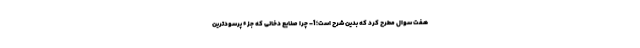
هفت سوال مطرح کرد که بدین شرح است؛ 1- چرا صنایع دخانی که جزء پرسودترین